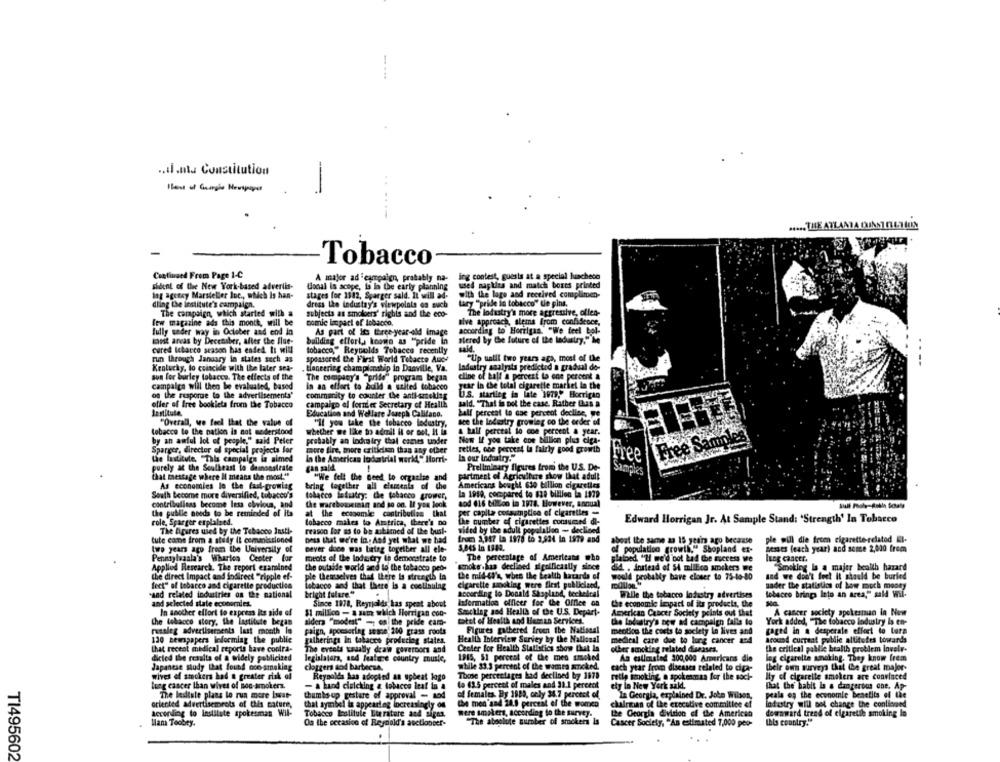
.. il.nt. Constitution
Phase of Georgia Newspaper
-
.... THE ATLANTA DUNST DES UN
Tobacco
Continued From Page 1-C
A major ad campaign, probably na- ing contest, questa at a special luachece
sident of the Mewe Work-based advertis-
Local in scope, is la the early planning
used napkins and match boxes printed
lag agency Marsteller Inc ., which is han-
stages for 1542, Sparger said. It will ad-
with the logo and received complimen-
dling the institute's campaign.
dress the industry's viewpolals os such
tary "pride in tobacco" tie pins,
The campaign, which started with a
subjects as smoloers' rights and the eco-
The lodustry's more aggressive, ollen-
few magazine ads this month, will be
comic impact of tobacco.
sive approach, stems from confidence,
fully under way in October and end in
As part of its three-year-old Image
according to Horrigan. "We feel bol-
sonst arcas by Decenaber, after Che flue-
building effort, known as "pride in
stered by the future of the Industry," he
cured Icbarco season has ended It will
tobacco" Reynolds Tobacco recently
Hai4.
run through January in states such as
sponsored the First World Telacte Auce
"Up until two years ago, most of the
Ladustry analysts predicted a gradual de-
Kentucky, to coincide with the later sea-
taneerieg championship in Danville, Va.
sun for burley tobacco. The effects of the
The company's "pride" program began
cline of hall a percent to one percent a
campalga will then be evaluated, based
In an effort to build a szited tobacco
year in the total cigarette market in the
og the resporue to the advertisements'
community to counter the anti-sreking
U.S. starting in late 1979, Horrigan
eller of free bookiela from the Tobacco
campaigo al former Secretary of Health
sald. "That is pol the case. Rather than a
Jantituto.
Education and Wellare Joseph Califano.
ball percent to cae percent decline, we
"Overall, we feel that the value of
"If you take the tobacco lodustry,
see the Industry growlag co the order of
tobacco to the nation is not mederstood
whether we like to admit it or not, It is
a tall perceal io con percent a year.
by an awful lot of people," said Peler
probably an Industry that canes under
Now If you take one billion plus ciga-
Free Samo!
Sparger, director of special projects for
more fire, more criticism than any other
retles, obe perces4 la fairly good growth
the lastitute, "This campaign is aimed
In the American lodantrial world," Horri-
la our Industry."
Free
Preliminary figures from the U.S. De-
purely at the Southeast to Seancestrate
can sald.
-
Samples
that message where Il means the most."
"We felt the need to organise and
partment of Agriculture show that adult
As economies lo the fast-growing
bring togelber all elements of the
Americans bought 630 billion cigarettes
South Become more diversified, tobacco's
tobacco latuatry: the tobacco grower,
La 1919, compared to 828 billion la 1979
contribulinas become less chelous, and
the warehouseiaan and so on. If you look
aod 416 billion in 1978. However, annual
the public needs to be reminded of its
at the eccoomle contribution that
per capita cosquinptico of cigarettes -
Edward Horrigan Jr. At Sample Stand: 'Strength' In Tobacco
role, Sparger explained.
tobacco makes to Amtrica, there's no
the number of cigarettes consumed di-
The figures used by the Tobacco Insti-
reason for us to be aubimed of the brust-
wided by the adult popalallen - declined
tute come from a study IL commissioned
Dess that we're in, And yet what we had
fruch 3,987 La 1978 to 3,534 In 1979 and
about the same as 15 years ago because
ple will die from cigarette-related KI-
two years ago from the University of
pever doce was bring together all ele-
S.DAS In 1982.
of population growth," Shopland er-
nesses (each year) and some 2,000 free
meats of the lodutry to demonstrate to
The percentage of Americans who
Pennsylvanla's Wharton Center for
Flatbed "If we'd bot Led the success we
lung cancer.
Applied Research. The report examined
the outside world and to the tobacco ped-
smoke .has declined significantly since
did . instead of 54 million smokers we
"Smoking is a majer health hazard
the direct Impact and indirect "ripple ef-
ple themselves that there is strength la
the mid-di's, when the Health kararda of
would probably bave closer to 75-10-80
and we don't feel it should be buried
fect" of tobacco and cigarette production
Tobacco and that there is a continuing
cigarette smoking were flest publicized,
nader the statistics of how much money
and related industries on the national
bright future."
according to Donald Shopland, techelcal
Wille the tobacco lodestry advertises
tobacco brings Into an area," mald Wil-
and selected state economies.
Information officer for the Office on
Since 1978, Reyrialds has spent about
the economic impact of its products, the
In another effort to express its side of
SI millico - a sam which Horrigan con-
Smockleg and Health of the U.S. Depart-
American Cancer Society points out that
A cancer society spokesman in New
the tobacco story, the lastitute began
alders "modest" - on the pride card-
mtet of Health and Heman Services.
the Industry's new ad campaign falls to
York added, "The tobacco Industry is en-
rusaleg advertisements last month In
paign, sponsoring some 200 grass roots
Figures gathered fruen the National
mention the costs to society la lives and
caged in a desperate effort to tura
120 newspapers leforming the public
gatherings in tobacco producing states.
Health Interview Survey by the National
medical care due to lung cancer and
around current public attitudes towards
that recent medical reports have contra-
Center for Health Statistics show that la
the critical public health problem invelr-
The eveels taually draw governors and
other smoking related diseases.
dicied the resalta of a widely publicized
legislators, and feature country muste,
1985, 51 percent of the men smoked
An estimated 300,000 Americans die
leg cigarette smoking. They know frem
Japanese study that found nco smoking
cloggers sod bartecsa.
while 33.3 percent of the womra smoked.
each year from diseases related to ciga-
their own surveys that (be great major-
wives of smokers had a greater risk of
Reynolds has adopted an upbeat logo
Those percentages had declined by 1978
retle smoking, a spokesman for the soci-
Ity of cigarelle smokers are convinced
tung cancer than wives of non-smokers.
- a hand clicking & tobacco Ieat in a
lo 43.5 percent of males and 31.1 percent
ety In New York sald.
That the habit is a dangerous one. Ap-
of females. By 1989, only 36.7 percent of,
The lesiste plans to run more Iswat-
thumbs up gesture of approval - aod
In Georgia, explained Dr. John Wilson,
peale og the economic benefits of the
oriented advertisements of EMs nature,
that symbol in appeartag increasingly on
the men'sad 24.9 percent of the women
chalrican of the executive committee of
ladustry will not change the contioned
according to institute spokesman Wil-
Tobacco Institule Eterature and siges.
mere smokers, according to the survey.
the Georgia division of the American
downward trend of cigaretile smoking lo
Ilana Toobey.
Oa the occasion of Reynald's auctioneer-
"The absolute surober of smokers is
Cancer Society, "An estimated 7,000 peo-
this country."
T1495602